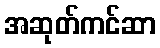
အဆုတ်ကင်ဆာ